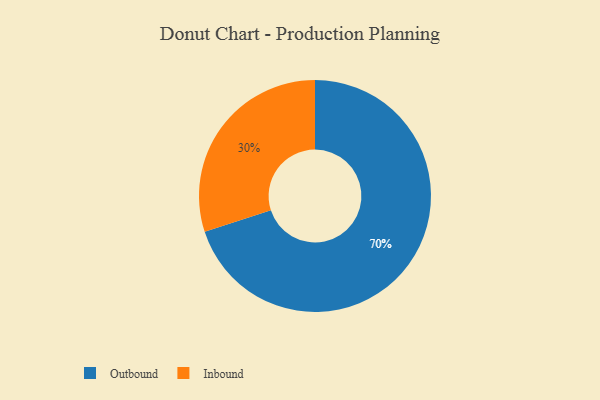
{"axis": {"x": "Category", "y": "Percentage"}, "legend": ["Inbound", "Outbound"], "data": [{"x": "Inbound", "y": 30, "type": "Inbound"}, {"x": "Outbound", "y": 70, "type": "Outbound"}]}